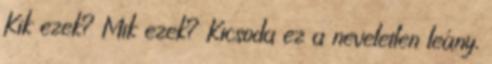
Kik ezek? Mik ezek? Kicsoda ez a neveletlen leány,